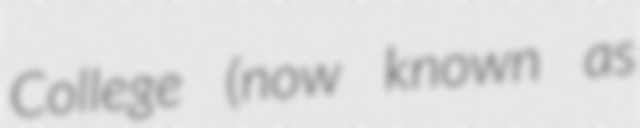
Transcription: College (now known as